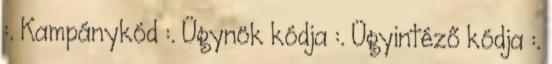
:. Kampánykód :. Ügynök kódja :. Ügyintéző kódja :.